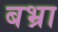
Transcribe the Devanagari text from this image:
बभ्रा